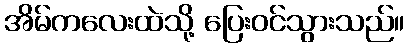
အိမ်ကလေးထဲသို့ ပြေးဝင်သွားသည်။